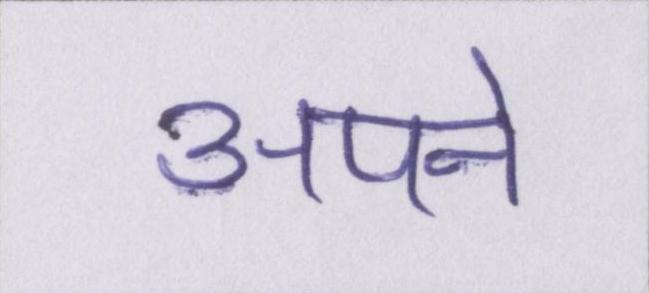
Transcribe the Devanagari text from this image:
अपने